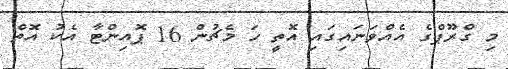
މި ގްރޫޕްގެ އެއްވަނައިގައި އޮތީ ހަ މެޗުން 16 ޕޮއިންޓާ އެކު އޮތް